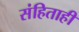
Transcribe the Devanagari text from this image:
संहिताही